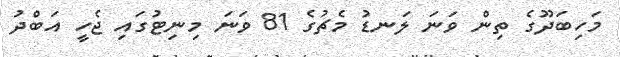
މަހިބަދޫގެ ތިން ވަނަ ލަނޑު މެޗުގެ 81 ވަނަ މިނިޓުގައި ޖެހީ އަބްދު